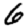
Digit: 6